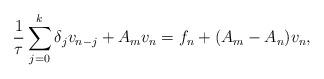
LaTeX: \begin{align*}\frac1\tau \sum_{j=0}^k \delta_j v_{n-j} + A_m v_n = f_n + (A_m - A_n ) v_n, \end{align*}